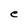
Character: e